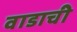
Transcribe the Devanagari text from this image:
वाडाची